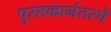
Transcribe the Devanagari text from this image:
पुस्तकानंतरचे